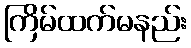
ကြိမ်ထက်မနည်း